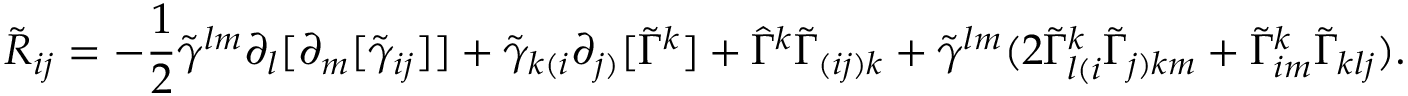
\tilde { R } _ { i j } = - \frac { 1 } { 2 } \tilde { \gamma } ^ { l m } \partial _ { l } [ \partial _ { m } [ \tilde { \gamma } _ { i j } ] ] + \tilde { \gamma } _ { k ( i } \partial _ { j ) } [ \tilde { \Gamma } ^ { k } ] + \widehat { \Gamma } ^ { k } \tilde { \Gamma } _ { ( i j ) k } + \tilde { \gamma } ^ { l m } ( 2 \tilde { \Gamma } ^ { k } _ { l ( i } \tilde { \Gamma } _ { j ) k m } + \tilde { \Gamma } ^ { k } _ { i m } \tilde { \Gamma } _ { k l j } ) .